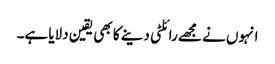
انہوں نے مجھے رائلٹی دینے کا بھی یقین دلایا ہے۔